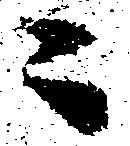
ニ